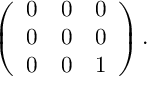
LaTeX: \left( \begin{array} { c c c } { { 0 } } & { { 0 } } & { { 0 } } \\ { { 0 } } & { { 0 } } & { { 0 } } \\ { { 0 } } & { { 0 } } & { { 1 } } \end{array} \right) .